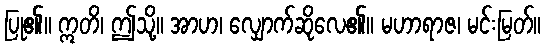
ပြု၏။ ဣတိ၊ ဤသို့။ အာဟ၊ လျှောက်ဆိုလေ၏။ မဟာရာဇ၊ မင်းမြတ်။